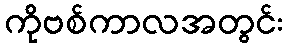
ကိုဗစ်ကာလအတွင်း